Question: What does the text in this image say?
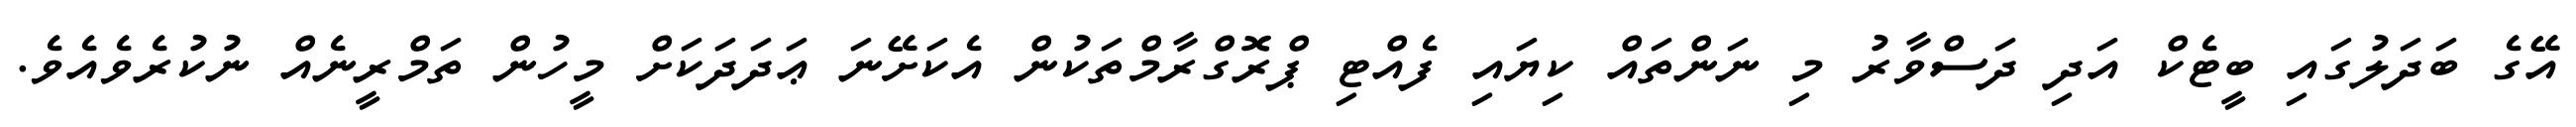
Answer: އޭގެ ބަދަލުގައި ބީޓެކް އަދި ދަސްވާރު މި ނަންތައް ކިޔައި ފެއްޓި ޕްރޮގްރާމްތަކުން އެކަށޭނަ ޢަދަދަކަށް މީހުން ތަމްރީނެއް ނުކުރެވެއެވެ.